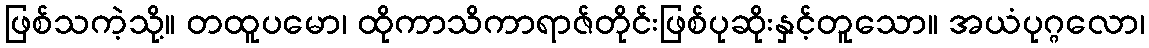
ဖြစ်သကဲ့သို့။ တထူပမော၊ ထိုကာသိကာရာဇ်တိုင်းဖြစ်ပုဆိုးနှင့်တူသော။ အယံပုဂ္ဂလော၊